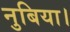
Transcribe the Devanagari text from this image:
नुबिया।